Elephants and their diseases
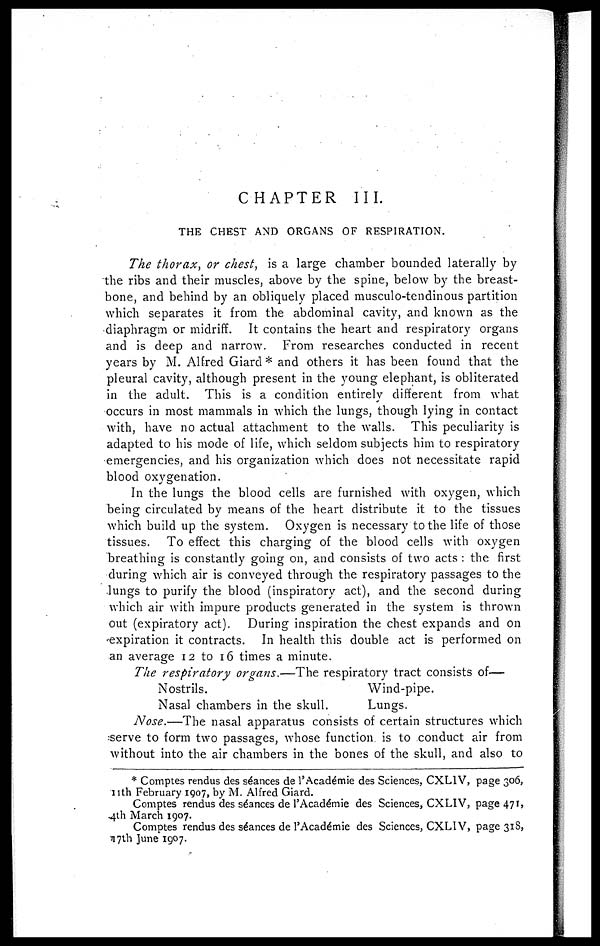
CHAPTER III.
THE CHEST AND ORGANS OF RESPIRATION.
The thorax, or chest, is a large chamber bounded laterally by
the ribs and their muscles, above by the spine, below by the breast-
bone, and behind by an obliquely placed musculo-tendinous partition
which separates it from the abdominal cavity, and known as the
diaphragm or midriff. It contains the heart and respiratory organs
and is deep and narrow. From researches conducted in recent
years by M. Alfred Giard * and others it has been found that the
pleural cavity, although present in the young elephant, is obliterated
in the adult. This is a condition entirely different from what
occurs in most mammals in which the lungs, though lying in contact
with, have no actual attachment to the walls. This peculiarity is
adapted to his mode of life, which seldom subjects him to respiratory
emergencies, and his organization which does not necessitate rapid
blood oxygenation.
In the lungs the blood cells are furnished with oxygen, which
being circulated by means of the heart distribute it to the tissues
which build up the system. Oxygen is necessary to the life of those
tissues. To effect this charging of the blood cells with oxygen
breathing is constantly going on, and consists of two acts : the first
during which air is conveyed through the respiratory passages to the
lungs to purify the blood (inspiratory act), and the second during
which air with impure products generated in the system is thrown
out (expiratory act). During inspiration the chest expands and on
expiration it contracts. In health this double act is performed on
an average 12 to 16 times a minute.
The respiratory organs.—The respiratory tract consists of—
Nostrils.
Wind-pipe.
Nasal chambers in the skull.
Lungs.
Nose.—The nasal apparatus consists of certain structures which
serve to form two passages, whose function, is to conduct air from
without into the air chambers in the bones of the skull, and also to
* Comptes rendus des seances de l'Academie des Sciences, CXLIV, page 306,
11th February 1907, by M. Alfred Giard.
Comptes rendus des stances de l'Academie des Sciences, CXLIV, page 471,
4th March 1907.
Comptes rendus des stances de l'Academie des Sciences, CXLIV, page 318,
17th June 1907.